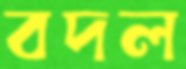
বদল